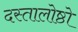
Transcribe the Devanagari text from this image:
दस्तालोष्ठो